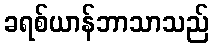
ခရစ်ယာန်ဘာသာသည်